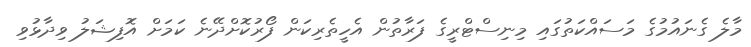
މާލެ ގެނައުމުގެ މަސައްކަތުގައި މިނިސްޓްރީގެ ފަރާތުން އެހީތެރިކަން ފޯރުކޮށްދޭނެ ކަމަށް އޮފިޝަލު ވިދާޅުވި